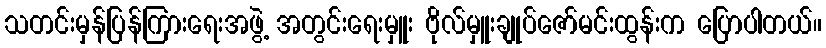
သတင်းမှန်ပြန်ကြားရေးအဖွဲ့ အတွင်းရေးမှူး ဗိုလ်မှူးချုပ်ဇော်မင်းထွန်းက ပြောပါတယ်။